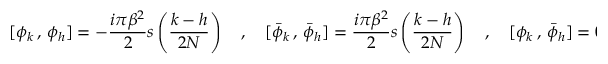
[ \phi _ { k } \, , \, \phi _ { h } ] = - { \frac { i \pi \beta ^ { 2 } } { 2 } } s \left( \frac { k - h } { 2 N } \right) \quad , \quad [ \bar { \phi } _ { k } \, , \, \bar { \phi } _ { h } ] = { \frac { i \pi \beta ^ { 2 } } { 2 } } s \left( \frac { k - h } { 2 N } \right) \quad , \quad [ \phi _ { k } \, , \, \bar { \phi } _ { h } ] = 0 \quad .